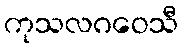
ကုသလဂဝေသီ